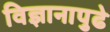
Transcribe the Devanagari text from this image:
विज्ञानापुढे